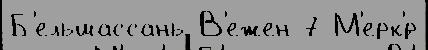
Б'ельшассань В'ежен 7 М'ерк'́р